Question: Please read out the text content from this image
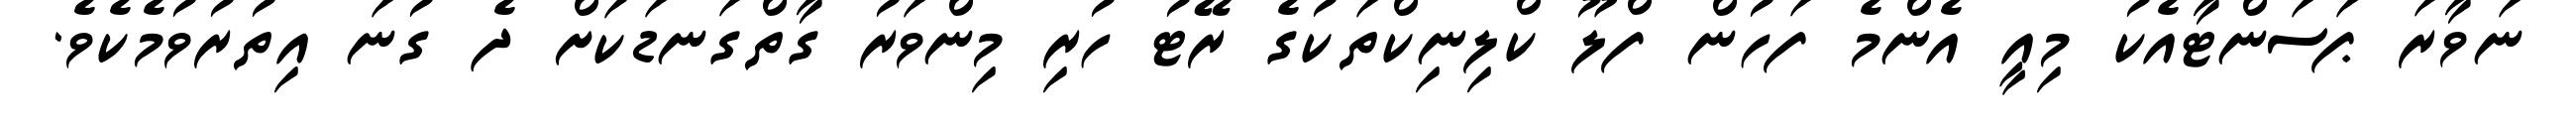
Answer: ނަވާރަ ޕަސަންޓާއެކު މިއީ އެންމެ ފަހުން ފްލޫ ކްލިނިކްތަކުގެ ރޭޓު ހުރި މިންވަރު ގާތްގަނޑަކަށް ދެ ގުނަ އިތުރުވުމެކެވެ.